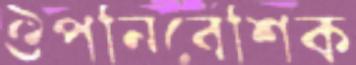
ঔপনিবেশিক